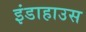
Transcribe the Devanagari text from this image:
इंडाहाउस